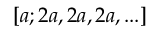
[ a ; 2 a , 2 a , 2 a , . . . ]